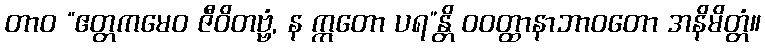
တာဝ “ဧတ္တကမေဝ ဇီဝိတဗ္ဗံ, န ဣတော ပရ”န္တိ ဝဝတ္ထာနာဘာဝတော အနိမိတ္တံ။